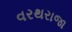
વરથરાજા